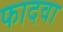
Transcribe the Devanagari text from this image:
फादवा